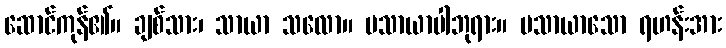
ဆောင်ကုန်၏။ ချစ်သား၊ သာယာ သလော။ မသာယာပါဘုရား။ မသာယာသော ရဟန်းအား